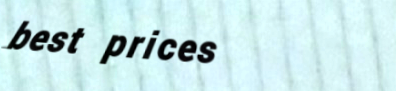
best prices